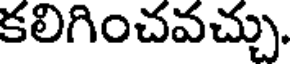
కలిగించవచ్చు.